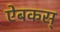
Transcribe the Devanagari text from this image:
ऐबकस्